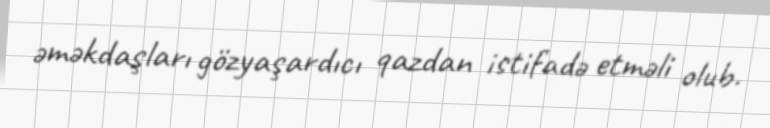
əməkdaşları gözyaşardıcı qazdan istifadə etməli olub.